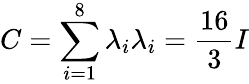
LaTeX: C=\sum_{i=1}^{8}\lambda_{i}\lambda_{i}={\frac{16}{3}}I